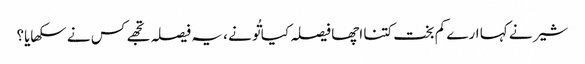
شیر نے کہا ارے کم بخت کتنا اچھا فیصلہ کیا تُو نے ، یہ فیصلہ تجھے کس نے سکھایا؟